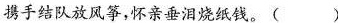
携手结队放风筝，怀亲垂泪烧纸钱。( )